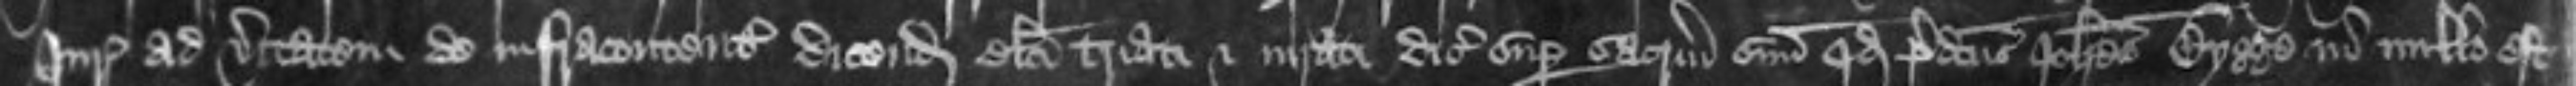
Juratores ad veritatem de infracontentis dicendam electi triati et iurati dicunt super sacramentum suum quod predictus lohannes Bygge in nullo est